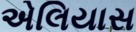
એલિયાસ